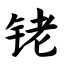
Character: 铑